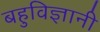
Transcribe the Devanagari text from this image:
बहुविज्ञानी